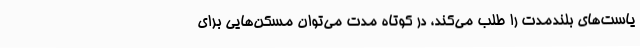
یاست‌های بلندمدت را طلب می‌کند، در کوتاه مدت می‌توان مسکن‌هایی برای